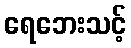
ရေဘေးသင့်